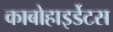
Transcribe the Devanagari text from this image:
काबोहाइर्डेटस